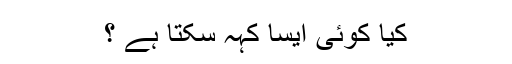
کیا کوئی ایسا کہہ سکتا ہے ؟